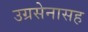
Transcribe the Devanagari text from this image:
उग्रसेनासह